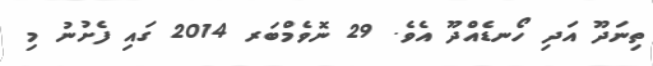
ތިނަދޫ އަދި ހޯނޑެއްދޫ އެވެ. 29 ނޮވެމްބަރ 2014 ގައި ފެށުނު މި